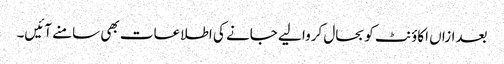
بعدازاں اکاؤنٹ کو بحال کروا لیے جانے کی اطلاعات بھی سامنے آئیں۔